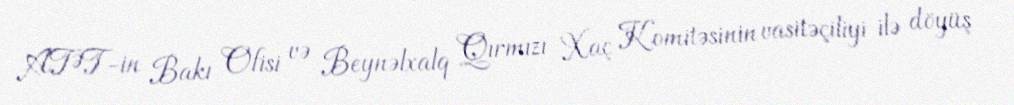
ATƏT-in Bakı Ofisi və Beynəlxalq Qırmızı Xaç Komitəsinin vasitəçiliyi ilə döyüş